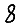
Digit: 8